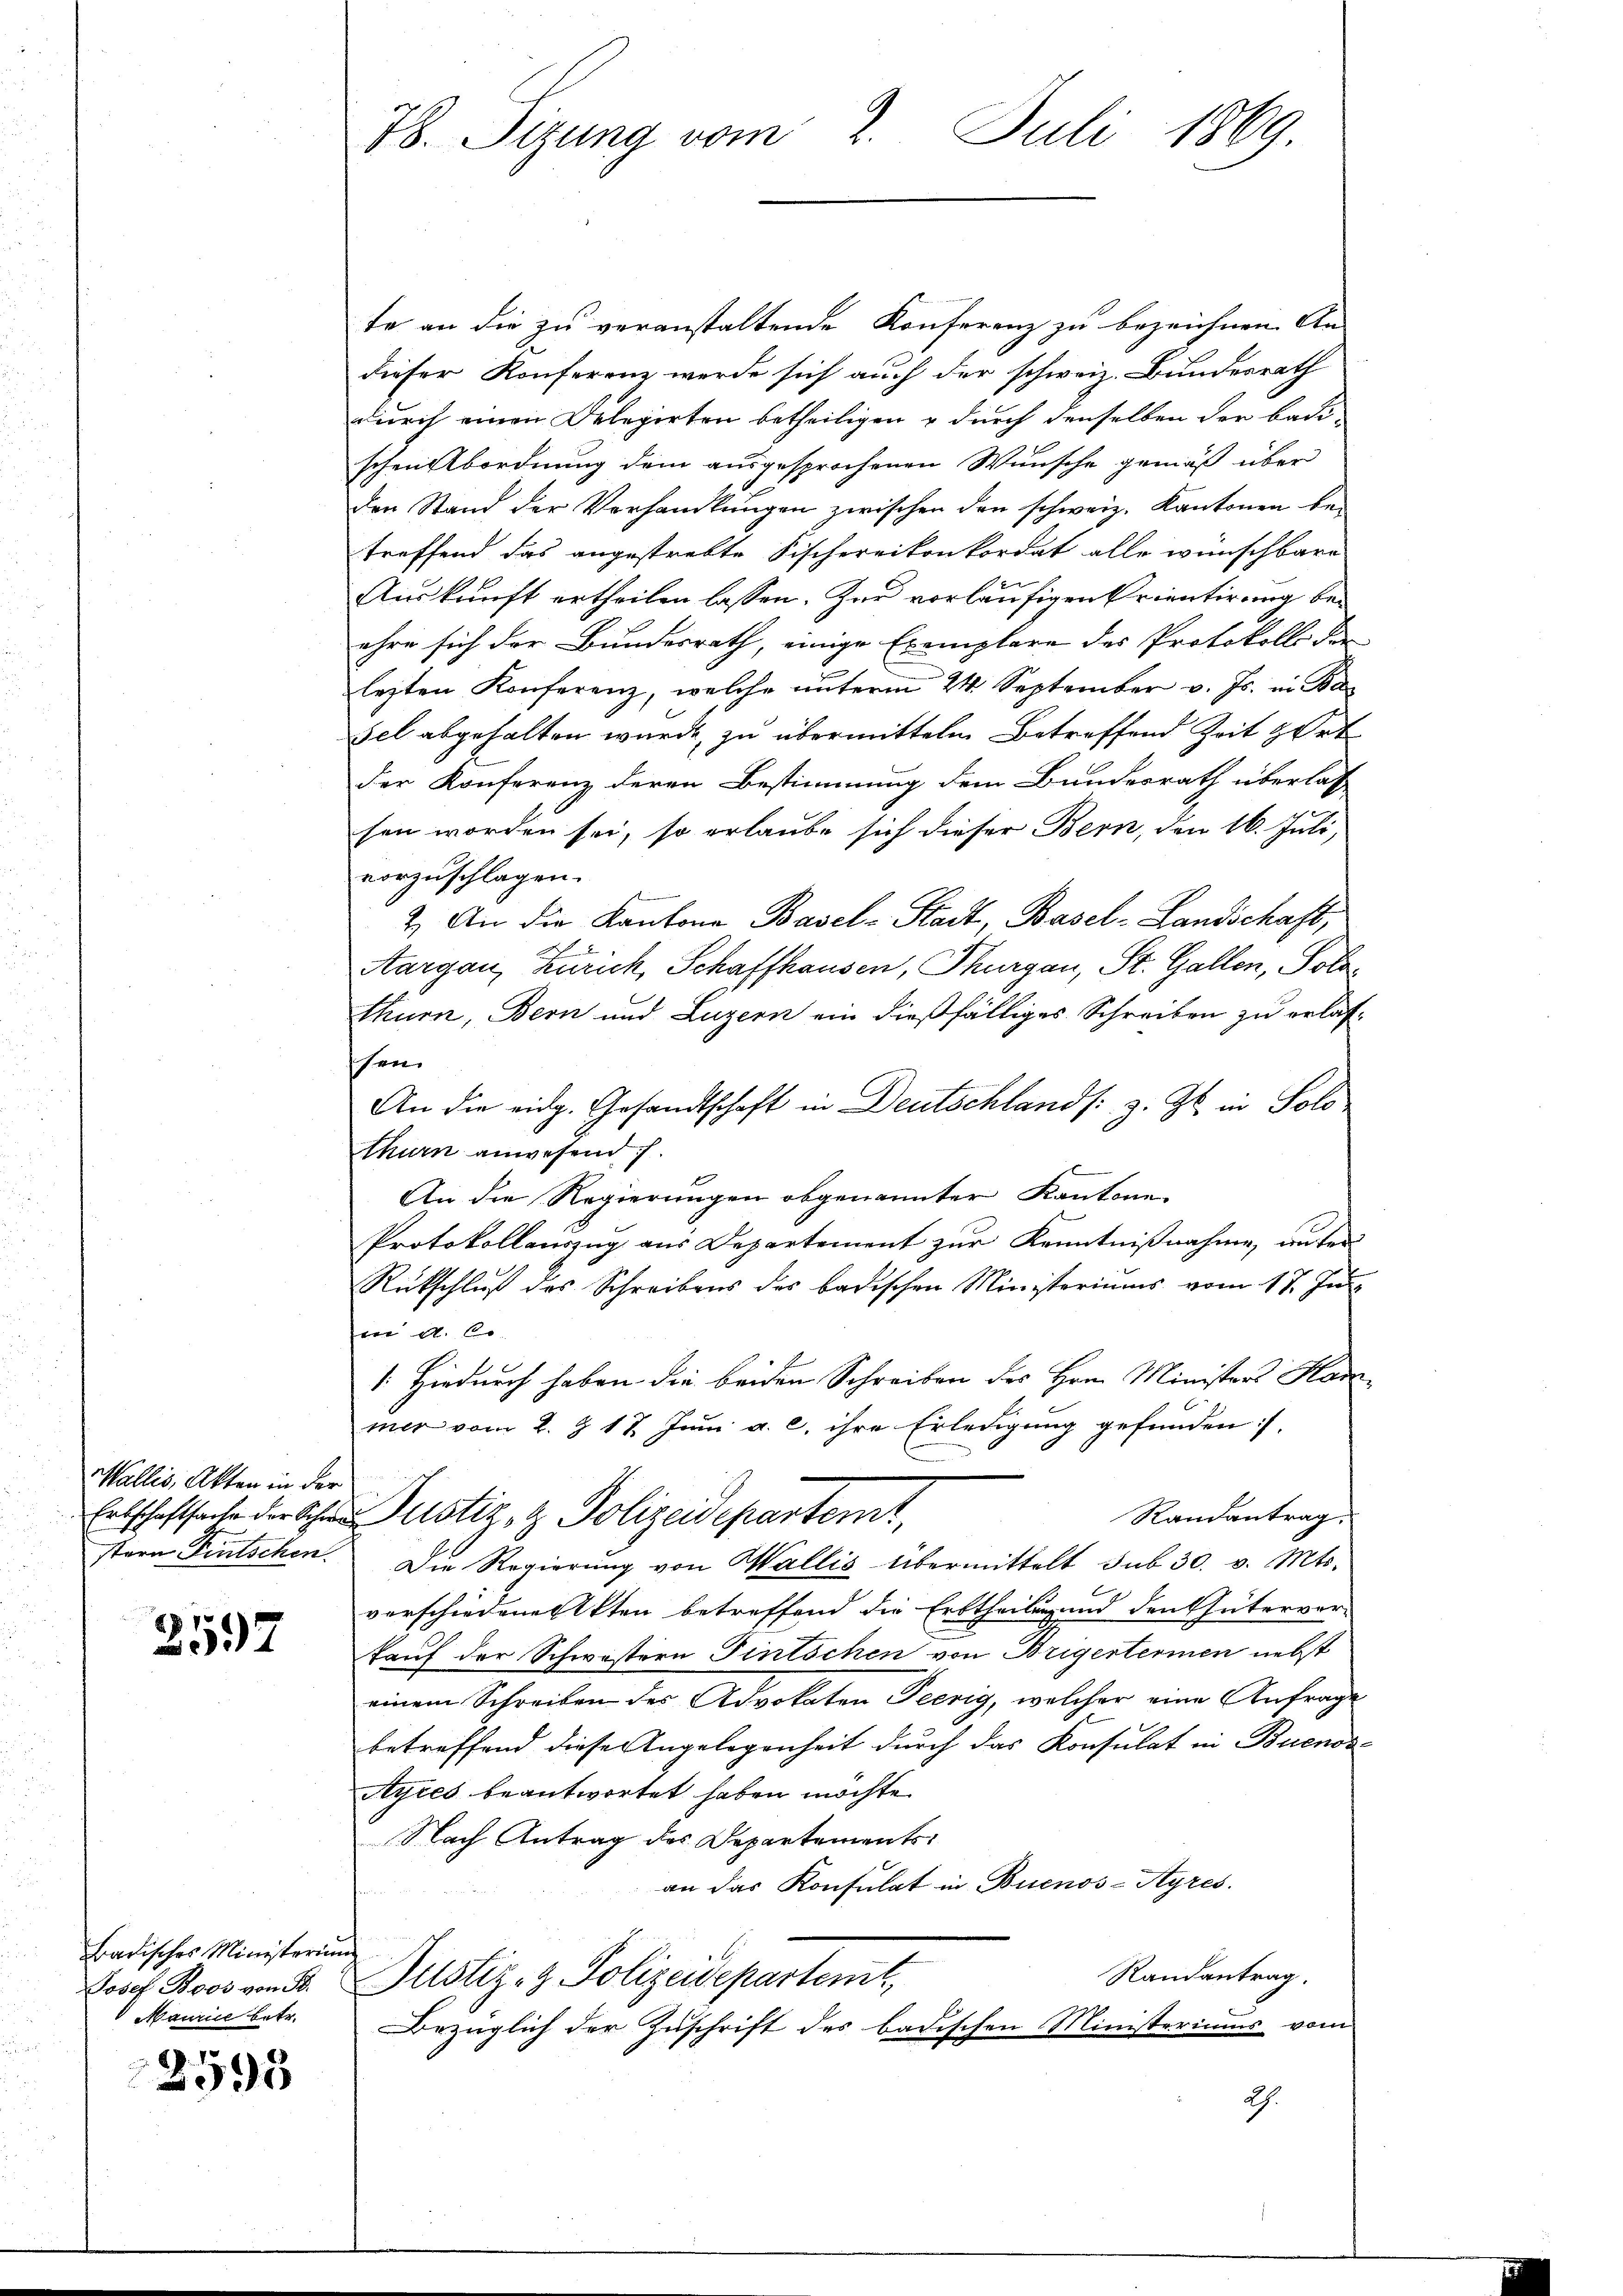
Wallis, Akten in der
stern Fintschen.

2597

Badisches Ministerium
Josef Boos von F.
Maurice betr.

2595

78. Sizung vom 2. Juli 1869.

te an die zu veranstaltende Konferenz zu bezeichnen An-
dieser Konferenz werde sich auch der schweiz. Bundesrath
durch einen Delegirten betheiligen & durch denselben der badi-
schen Abordnung dem ausgesprochenen Wunsche gemäß über
den Stand der Verhandlungen zwischen den schweiz. Kantonen betreffend das angestrebte Fischerrikonkordat alle wünschbare
Auskunft ertheilen lassen. Zur vorläufigen Krientirung beehre sich der Bundesrath, einige Exemplare des Protokoll der
lezten Konferenz, welche unterm 24. September v. Js. in Ba
sel abgehalten wurde, zu übermittelm Betreffend Zeit hort
der Konferenz deren Bestimmung dem Bundesrath überlass
sen worden sei, so erlaube sich dieser Bern, den 16. Juli,
vorzuschlagen.
t
2. An die Kantone Basel-Stadt, Basel-Landschaft,
Aargau, Zürich, Schaffhausen, Thurgau, St. Gallen, Pols
thurn, Bern und Luzern ein dießfälliges Schreiben zu erlasser
An die eidg. Gesandtschaft in Deutschland /: z. Zt. in Solothurn anwesend.
An die Regierungen obgenannter Kantone
Protokollauszug aus Departement zur Kenntnißnahme, unter
Rückschluß des Schreibens des badischen Ministeriums vom 17. Ju
i d. Er
/. Hiedurch haben die beiden Schreiben des Hrn. Ministers Har
mer vom 2. J. 17. Juni a. c. ihre Erledigung gefunden,
e
Erbschaftsache der Ahren Justiz- & Polizeidepartemt,
Randantrag.
Die Regierung von Wallis übermittelt sub 30. v. Mts.
verschiedene Akten betreffend die Erbtheilung und den Güterver-
kauf der Schwistern Fintschen von Brigentermen nebst
einem Schreiben der Advokaten Peerig, welcher eine Anfrage
betreffend diese Angelegenheit durch das Konsulat in Buenos
Ayres beantwortet haben möchte.
Nach Antrag des Departements
an das Konsulat in Buenos-Ayres.
Randantrag.
Justiz- & Polizeidepartant
Bezüglich der Zuschrift des badischen Ministeriums vom
2h.